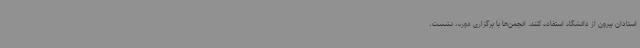
استادان بیرون از دانشگاه استفاده کنند. انجمن‌ها با برگزاری دوره، نشست،